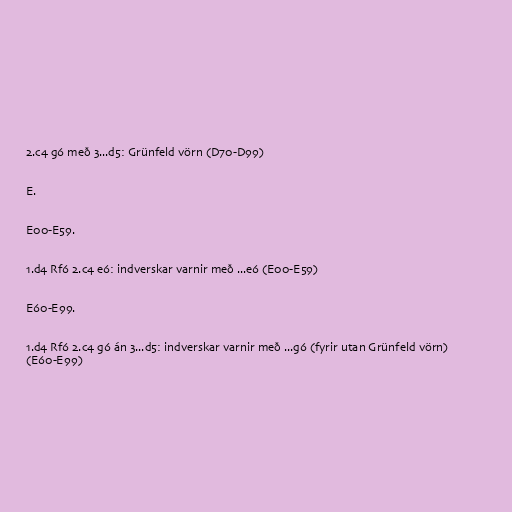
2.c4 g6 með 3...d5: Grünfeld vörn (D70-D99)

E.

E00-E59.

1.d4 Rf6 2.c4 e6: indverskar varnir með ...e6 (E00-E59)

E60-E99.

1.d4 Rf6 2.c4 g6 án 3...d5: indverskar varnir með ...g6 (fyrir utan Grünfeld vörn)
(E60-E99)